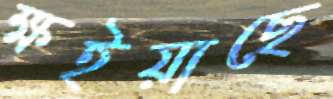
ক্ষইয়াছে